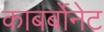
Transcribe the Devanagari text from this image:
काबर्बोनेट